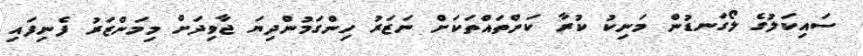
ސައިކަލުގެ ލޯގަނޑުން މަނިކު ކުރާ ކަންތައްތަކަށް ނަޒަރު ހިންގަމުންދިޔަ ޖާވިދަށް މިމަންޒަރު ފެނިފައި